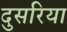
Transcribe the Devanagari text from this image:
दुसरिया